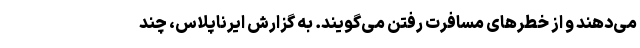
می‌دهند و از خطرهای مسافرت رفتن می‌گویند. به گزارش ایرناپلاس، چند